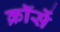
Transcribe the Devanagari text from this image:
क्रॉसें